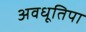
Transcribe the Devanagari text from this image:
अवधूतिपा